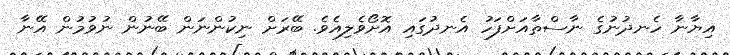
އިޔާނާ ހެނދުނުގެ ނާސްތާއަށްފަހު އެނދުގައި އޮށޯވެލިއެވެ. ބޭރަށް ނިކުންނަން ބޭނުން ނުވުމުން އޭނާ